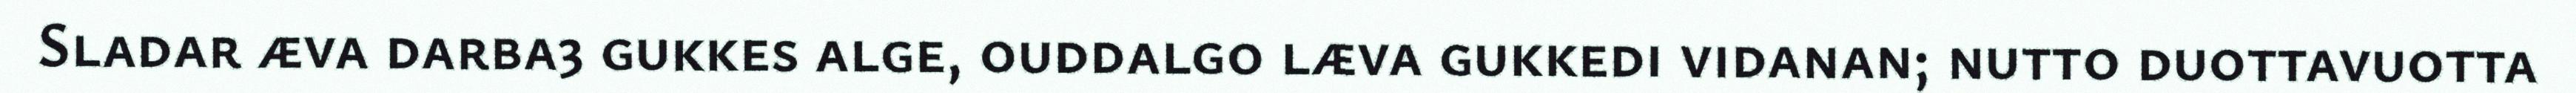
Sladar æva darba3 gukkes alge, ouddalgo læva gukkedi vidanan; nutto duottavuotta